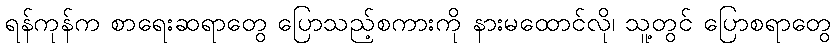
ရန်ကုန်က စာရေးဆရာတွေ ပြောသည့်စကားကို နားမထောင်လို၊ သူ့တွင် ပြောစရာတွေ